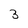
Character: 3